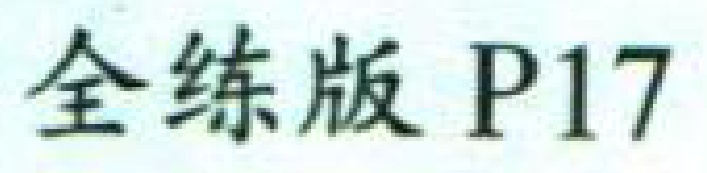
全练版 P17